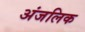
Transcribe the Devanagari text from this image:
अंजलिक